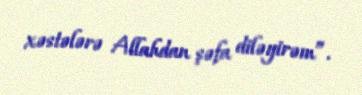
xəstələrə Allahdan şəfa diləyirəm”.